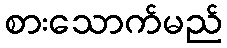
စားသောက်မည်